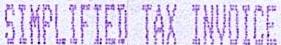
SIMPLIFIED TAX INVOICE